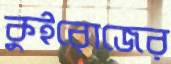
কুইরোজের